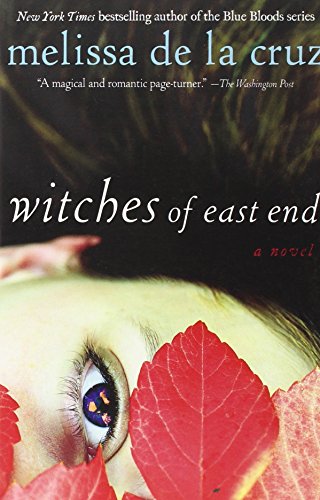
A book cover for Witches of East End; Melissa de la Cruz; Romance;